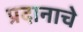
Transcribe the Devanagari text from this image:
प्रदानाचे